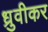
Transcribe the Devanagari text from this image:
ध्रुवीकर